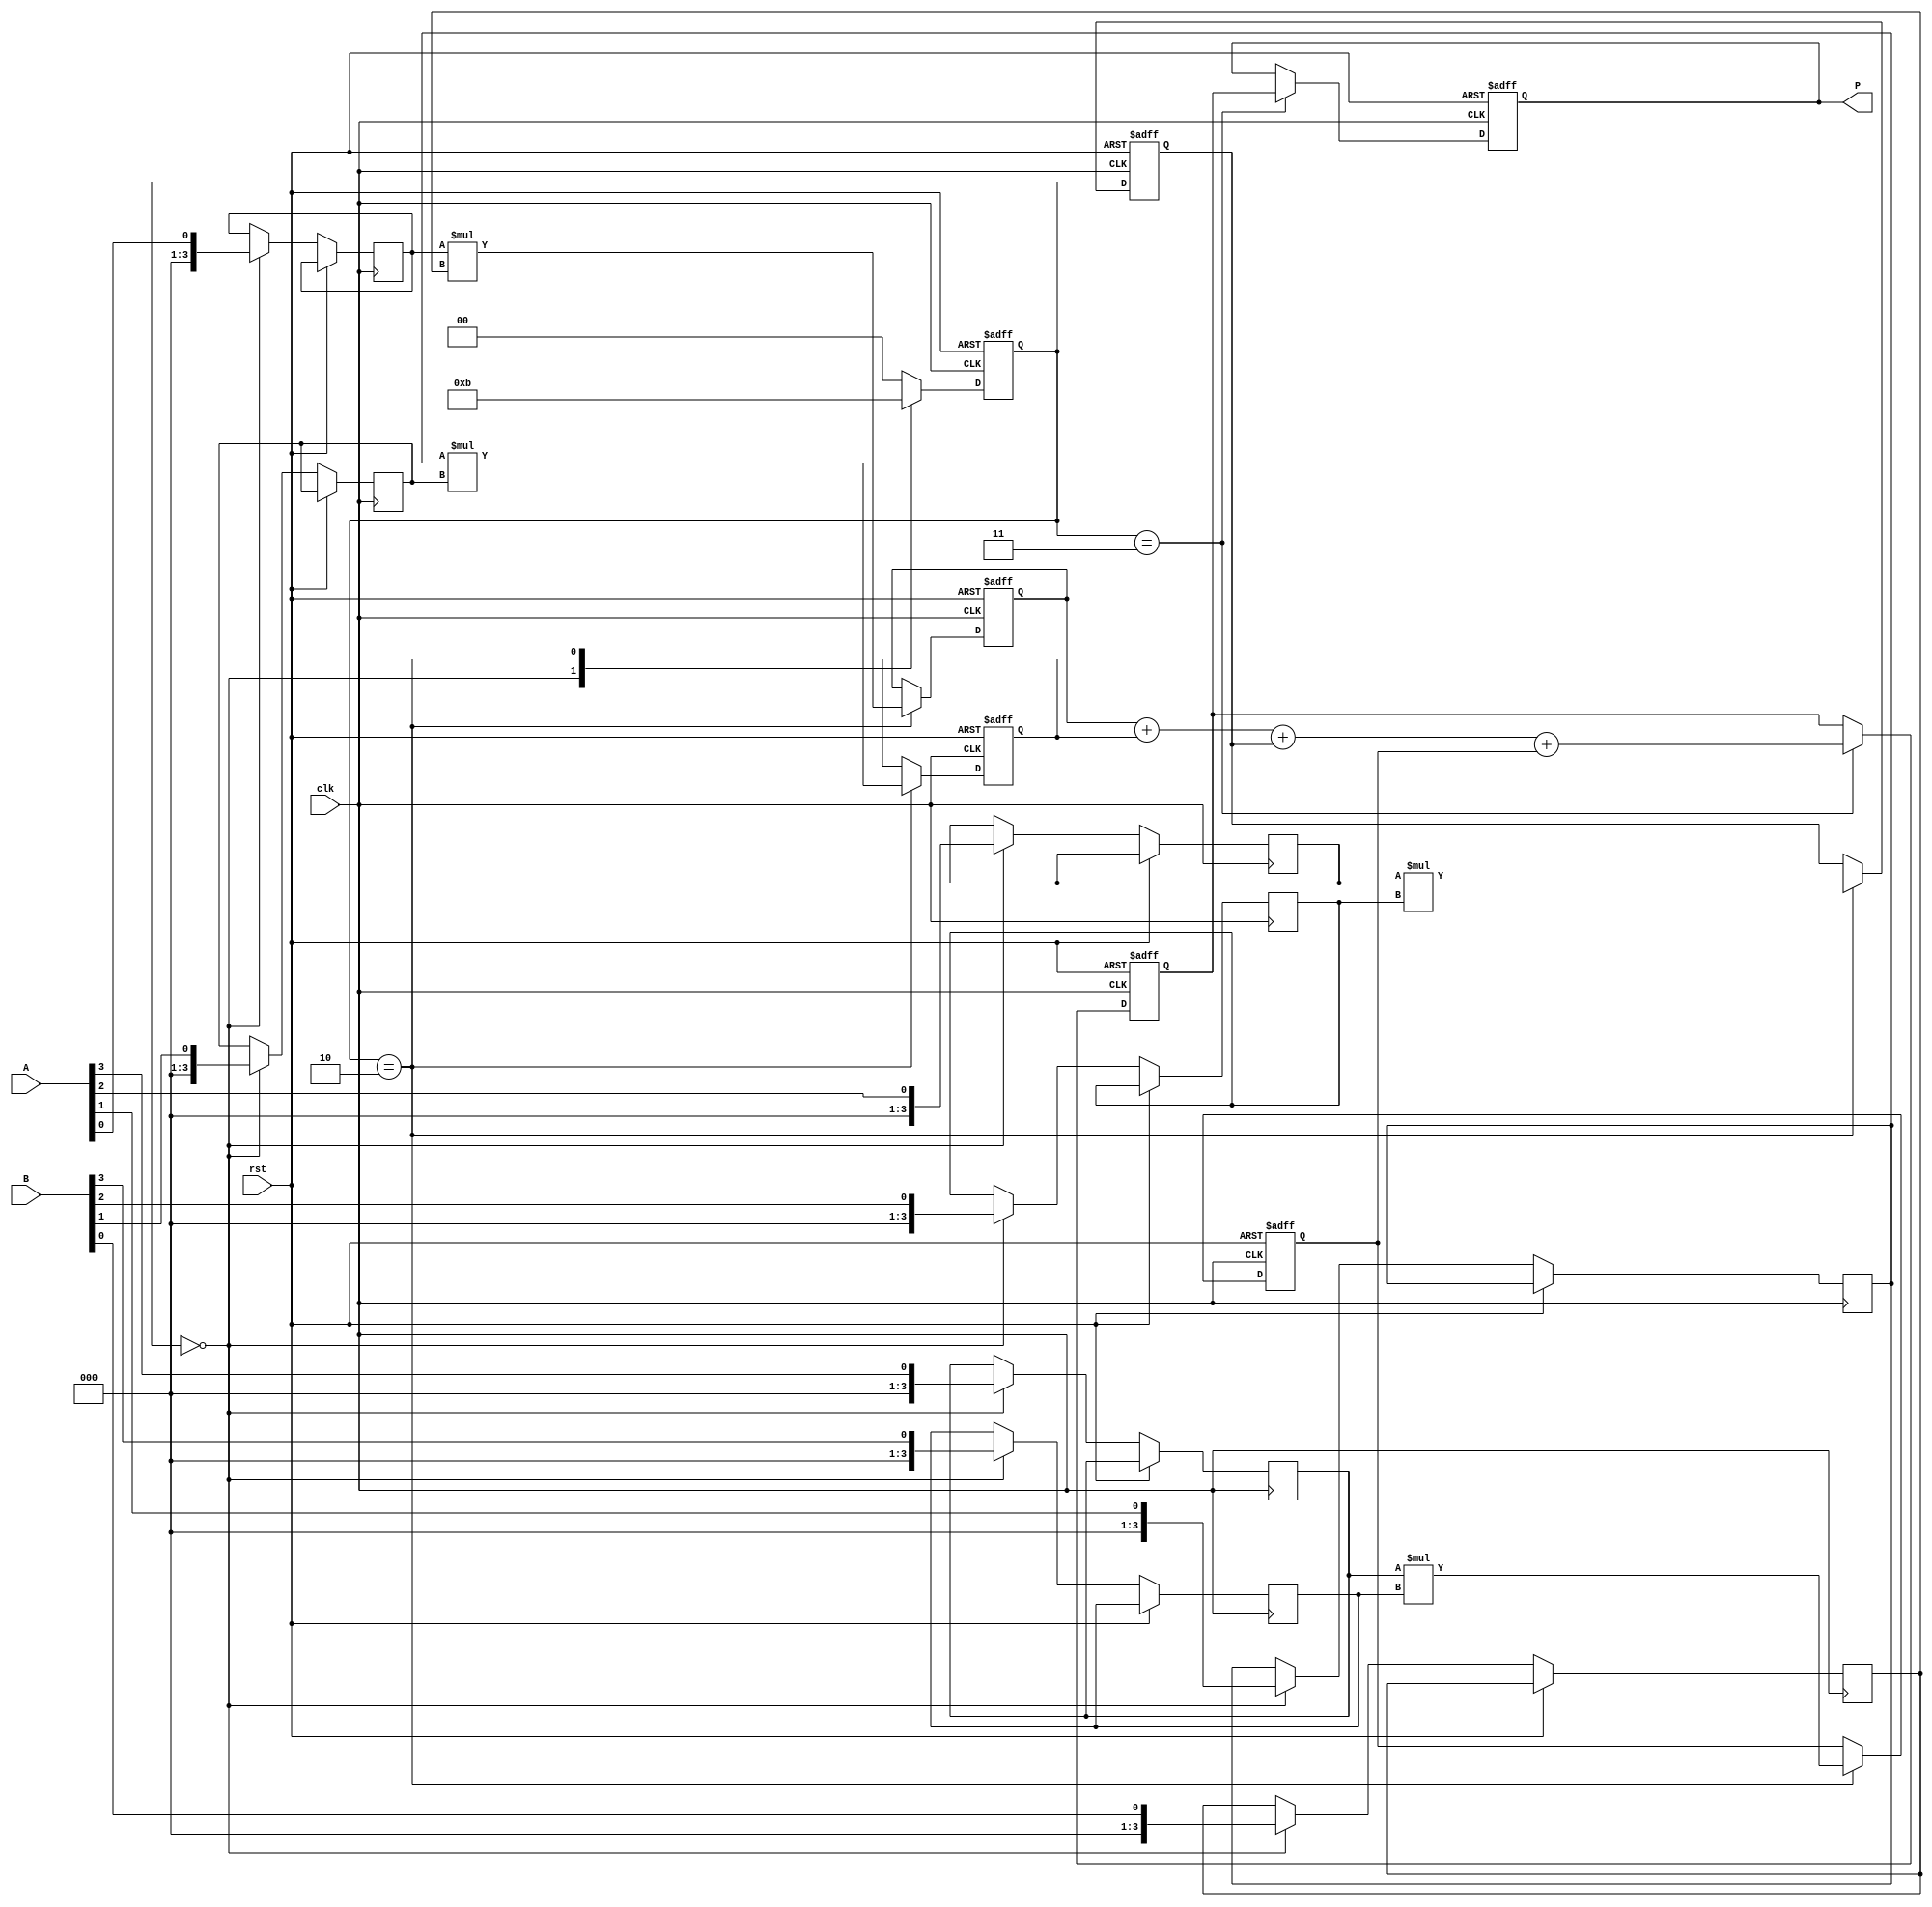
module systolic_multiplier (
    input wire clk,
    input wire rst,
    input wire [3:0] A, // 4-bit input A
    input wire [3:0] B, // 4-bit input B
    output reg [7:0] P  // 8-bit output product
);

    // Processing Element (PE) structure
    reg [3:0] pe_a [1:0][1:0]; // Inputs to PEs
    reg [3:0] pe_b [1:0][1:0]; // Inputs to PEs
    reg [7:0] pe_out [1:0][1:0]; // Outputs from PEs
    reg [7:0] sum; // Accumulated sum

    // Control signals
    reg [1:0] state; // State for control logic
    reg [1:0] i, j; // Loop indices

    // State definitions
    localparam IDLE = 2'b00;
    localparam LOAD = 2'b01;
    localparam COMPUTE = 2'b10;
    localparam ACCUMULATE = 2'b11;

    // Sequential logic for state machine
    always @(posedge clk or posedge rst) begin
        if (rst) begin
            state <= IDLE;
            P <= 8'b0;
            sum <= 8'b0;
            // Clear PE outputs
            for (i = 0; i < 2; i = i + 1) begin
                for (j = 0; j < 2; j = j + 1) begin
                    pe_out[i][j] <= 8'b0;
                end
            end
        end else begin
            case (state)
                IDLE: begin
                    // Load inputs into PEs
                    pe_a[0][0] <= A[0:0]; // LSB of A
                    pe_a[0][1] <= A[1:1]; // 2nd bit of A
                    pe_a[1][0] <= A[2:2]; // 3rd bit of A
                    pe_a[1][1] <= A[3:3]; // MSB of A

                    pe_b[0][0] <= B[0:0]; // LSB of B
                    pe_b[0][1] <= B[1:1]; // 2nd bit of B
                    pe_b[1][0] <= B[2:2]; // 3rd bit of B
                    pe_b[1][1] <= B[3:3]; // MSB of B

                    state <= COMPUTE;
                end

                COMPUTE: begin
                    // Perform multiplication in PEs
                    pe_out[0][0] <= pe_a[0][0] * pe_b[0][0]; // PE(0,0)
                    pe_out[0][1] <= pe_a[0][1] * pe_b[0][1]; // PE(0,1)
                    pe_out[1][0] <= pe_a[1][0] * pe_b[1][0]; // PE(1,0)
                    pe_out[1][1] <= pe_a[1][1] * pe_b[1][1]; // PE(1,1)

                    state <= ACCUMULATE;
                end

                ACCUMULATE: begin
                    // Accumulate results from PEs
                    sum <= pe_out[0][0] + pe_out[0][1] + pe_out[1][0] + pe_out[1][1];
                    P <= sum; // Final product
                    state <= IDLE; // Go back to IDLE
                end

                default: state <= IDLE;
            endcase
        end
    end
endmodule